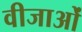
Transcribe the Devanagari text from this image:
वीजाओं